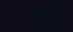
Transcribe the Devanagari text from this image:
डारपा